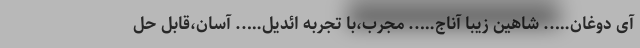
آی دوغان….. شاهین زیبا آناج….. مجرب،با تجربه ائدیل….. آسان،قابل حل